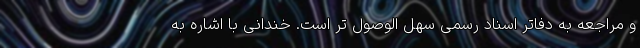
و مراجعه به دفاتر اسناد رسمی سهل الوصول تر است. خندانی با اشاره به